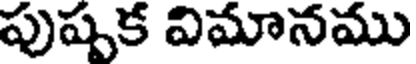
పుష్పక విమానము